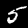
Digit: 5